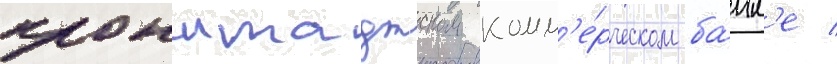
кронштадтском комм'е́рческом ба́нк'е /